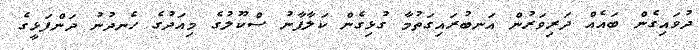
ދުވައިގެން ބައެއް ދަރިވަރުން އަނބުރައިގަތުމާ ގުޅިގެން ކަލާފާނު ސްކޫލުގެ މިއަދުގެ ހެނދުނު ދަންފަޅީގެ